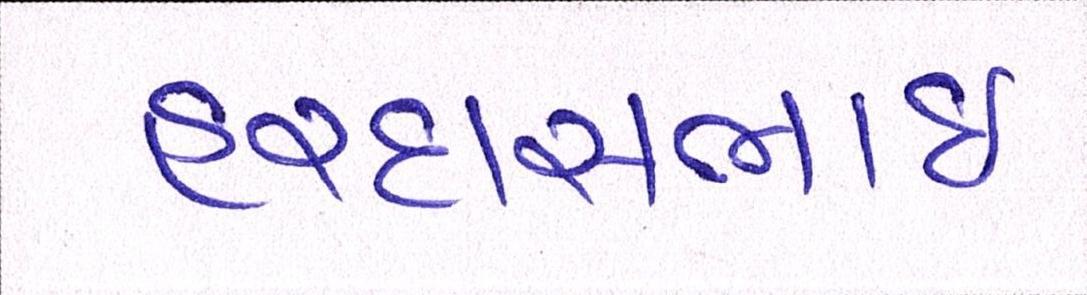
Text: હરદાસભાઇ